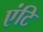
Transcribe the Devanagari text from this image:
एंटि